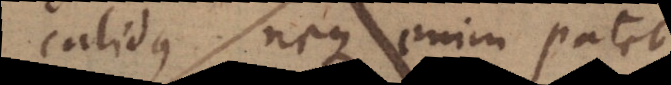
calidus, neque enim pate